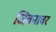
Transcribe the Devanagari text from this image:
जिवनावर